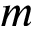
m